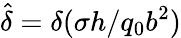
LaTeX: \hat{\delta}={\delta(\sigma h}/{q_{0}b^{2}})